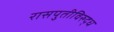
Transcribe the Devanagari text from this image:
रासपुतीविरुद्ध